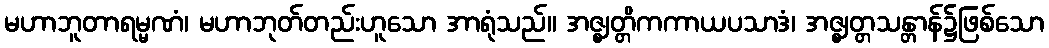
မဟာဘူတာရမ္မဏံ၊ မဟာဘုတ်တည်းဟူသော အာရုံသည်။ အဇ္ဈတ္တိကကာယပသာဒံ၊ အဇ္ဈတ္တသန္တာန်၌ဖြစ်သော